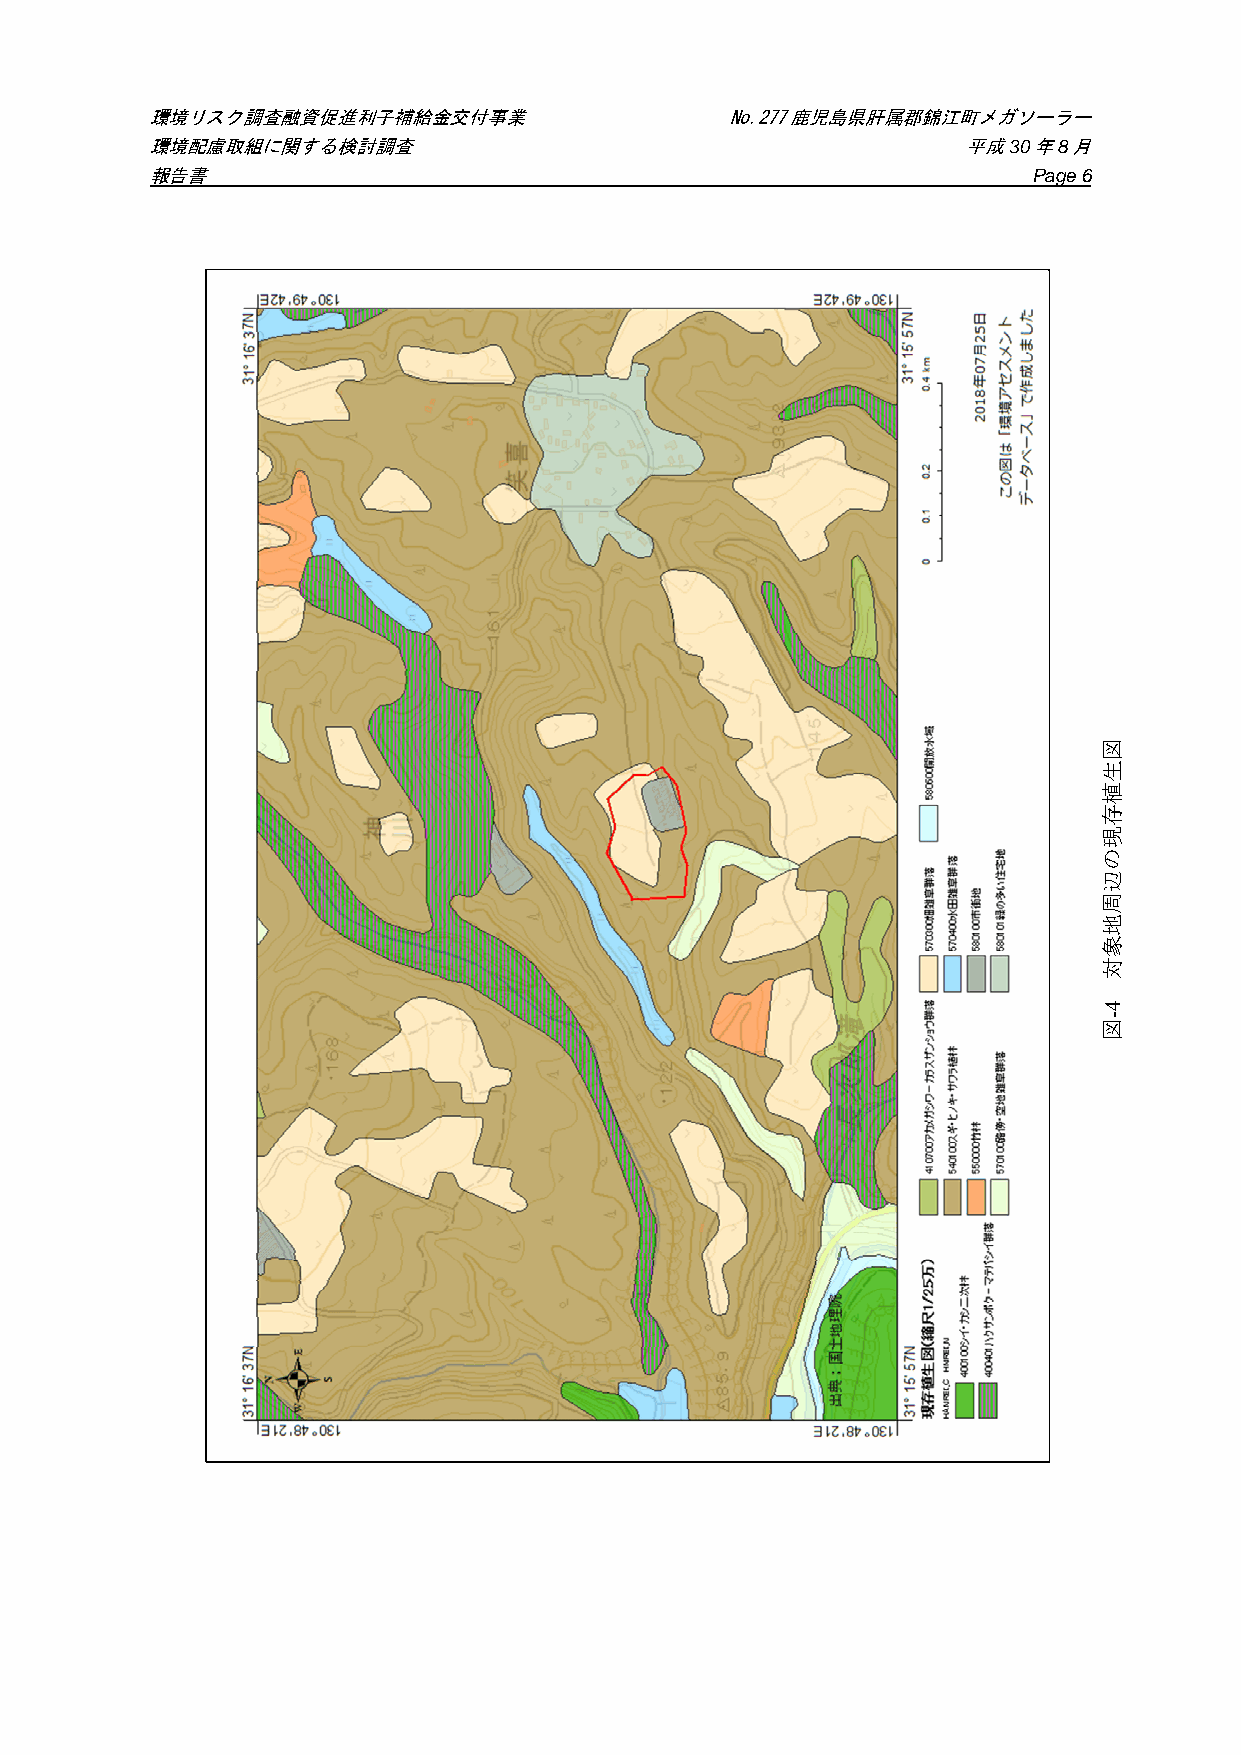
環境リスク調査融資促進利子補給金交付事業                  No.277鹿児島県肝属郡錦江町メガソーラー
 環境配慮取組に関する検討調査                                        平成30年8月
 報告書                                                       Page 6
 対象地
 図生植存現の辺周地象対
 4-図